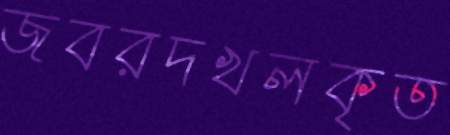
জবরদখলকৃত